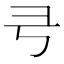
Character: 𢎝